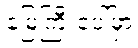
မြေကြီးပေါ်မှာ